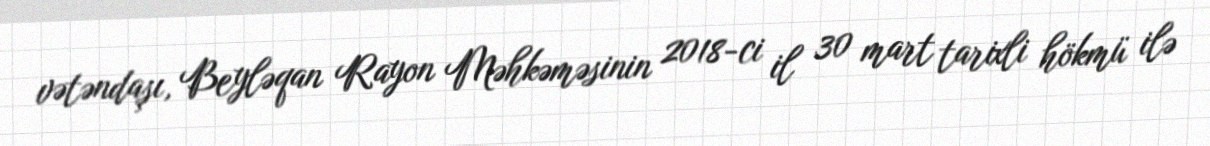
vətəndaşı, Beyləqan Rayon Məhkəməsinin 2018-ci il 30 mart tarixli hökmü ilə